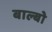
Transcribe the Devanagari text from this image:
बाल्बो